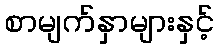
စာမျက်နှာများနှင့်